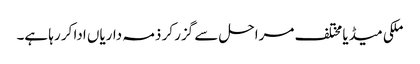
ملکی میڈیا مختلف مراحل سے گزر کر ذمہ داریاں ادا کر رہا ہے۔